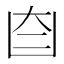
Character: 𦣼